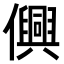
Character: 𫤂